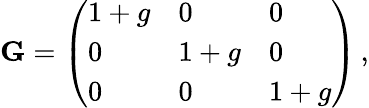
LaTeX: \mathbf{G}=\left(\begin{array}{lll}{1+g}&{0}&{0}\\ {0}&{1+g}&{0}\\ {0}&{0}&{1+g}\end{array}\right)\, ,